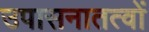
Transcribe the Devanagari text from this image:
उपासनातत्वों